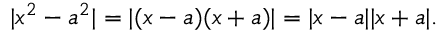
| x ^ { 2 } - a ^ { 2 } | = | ( x - a ) ( x + a ) | = | x - a | | x + a | .